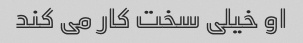
او خیلی سخت کار می کند